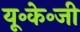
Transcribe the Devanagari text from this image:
यू॰के॰जी